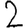
Digit: 2